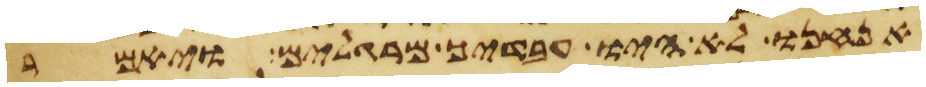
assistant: אנחנו לא היו עבדיך מרגלים ויאמר